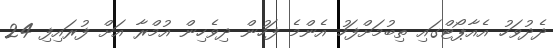
ދެދުވަހު އެއާޕޯޓްގައި ތިބުމަށްފަހު އެންމެ ފަހުން ދިވެހިން އުމްރާ އަށް ފުރައިފި 24